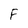
Character: F